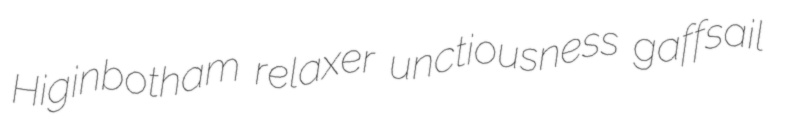
Higinbotham relaxer unctiousness gaffsail